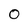
Character: O